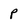
Character: p